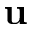
\mathbf { u }